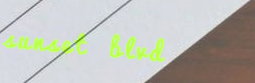
sunset blvd